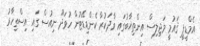
އެމްޑީޕީ ޤައުމީ މަޖިލިސް އިންތިޚާބުގައި ވާދަކުރާ ކެންޑިޑޭޓުން ހުވަދޫ ނިއުސް ގައި އިސްތިހާރު